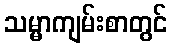
သမ္မာကျမ်းစာတွင်